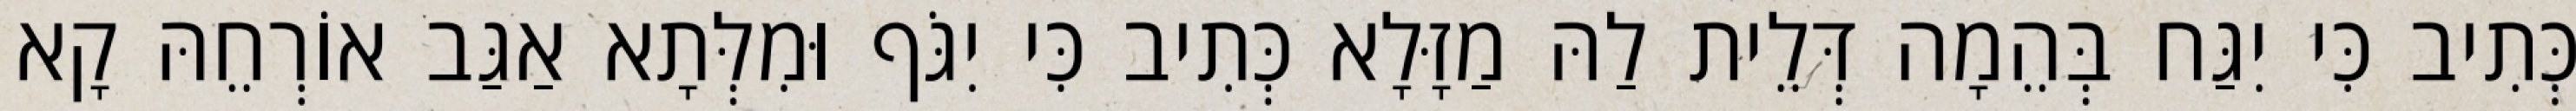
כְּתִיב כִּי יִגַּח בְּהֵמָה דְּלֵית לַהּ מַזָּלָא כְּתִיב כִּי יִגֹּף וּמִלְּתָא אַגַּב אוֹרְחֵהּ קָא